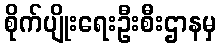
စိုက်ပျိုးရေးဦးစီးဌာနမှ